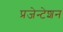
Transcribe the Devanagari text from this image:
प्रजेन्टेशन